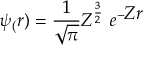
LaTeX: \psi _ { ( } r ) = { \frac { 1 } { \sqrt { \pi } } } Z ^ { \frac { 3 } { 2 } } \ e ^ { - { \textstyle Z r } }